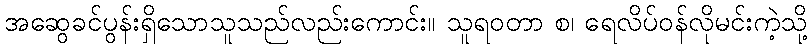
အဆွေခင်ပွန်းရှိသောသူသည်လည်းကောင်း။ သူရဝတာ စ၊ ရေလိပ်ဝန်လိုမင်းကဲ့သို့